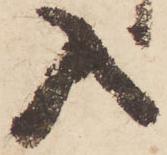
入